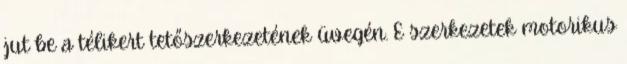
jut be a télikert tetőszerkezetének üvegén. E szerkezetek motorikus